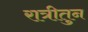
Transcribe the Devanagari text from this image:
रात्रीतुन